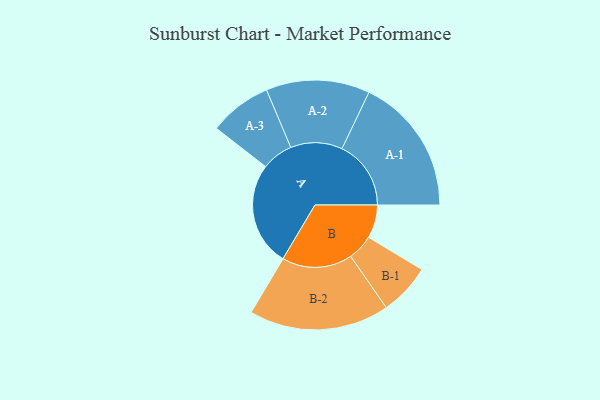
{"axis": {"x": "Segment", "y": "Value"}, "legend": ["", "A", "B"], "data": [{"x": "A", "y": 431, "type": ""}, {"x": "B", "y": 138, "type": ""}, {"x": "A-1", "y": 286, "type": "A"}, {"x": "A-2", "y": 215, "type": "A"}, {"x": "A-3", "y": 130, "type": "A"}, {"x": "B-1", "y": 107, "type": "B"}, {"x": "B-2", "y": 291, "type": "B"}]}